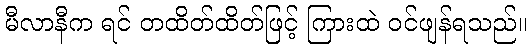
မီလာနီက ရင် တထိတ်ထိတ်ဖြင့် ကြားထဲ ဝင်ဖျန်ရသည်။